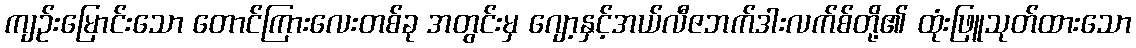
ကျဉ်းမြောင်းသော တောင်ကြားလေးတစ်ခု အတွင်းမှ ဂျော့နှင့်အယ်လီဇဘက်ဒါးလက်စ်တို့၏ ထုံးဖြူသုတ်ထားသော